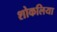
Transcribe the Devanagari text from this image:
शोकलिया